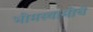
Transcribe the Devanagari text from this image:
भीमस्वामींचे